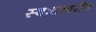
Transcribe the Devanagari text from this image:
स्वःतावरील